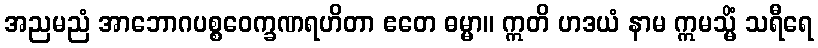
အညမညံ အာဘောဂပစ္စဝေက္ခဏရဟိတာ ဧတေ ဓမ္မာ။ ဣတိ ဟဒယံ နာမ ဣမသ္မိံ သရီရေ